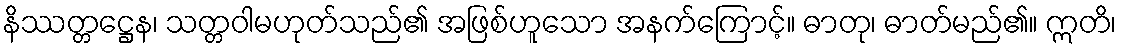
နိဿတ္တဋ္ဌေန၊ သတ္တဝါမဟုတ်သည်၏ အဖြစ်ဟူသော အနက်ကြောင့်။ ဓာတု၊ ဓာတ်မည်၏။ ဣတိ၊